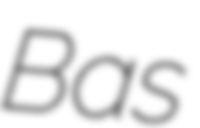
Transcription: Bas